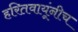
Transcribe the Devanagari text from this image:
हरितवायूंनीच